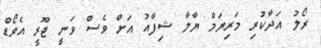
ރޯލު އަދާކުރި މަރިޔަމް ޔާލާ ޝިފާއު އަށް ވެސް ވަނީ ޖޫރީ އެވޯޑް